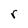
Character: r